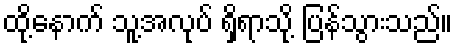
ထို့နောက် သူ့အလုပ် ရှိရာသို့ ပြန်သွားသည်။